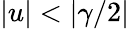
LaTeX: |u|<|\gamma/2|